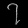
Digit: ၇